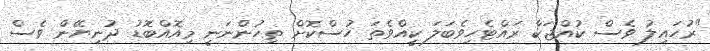
"ރުހައިލު ވެސް ކުއްޖަކާ ރައްޓެހިވެބަލަ ކީއްވެތަ ހުސްކޮށް ތިހުންނަނީ މިއޮއްބޮޑު ދުނިޔޭން ވެސް